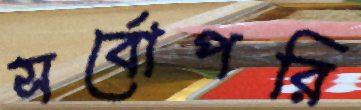
সর্বোপরি